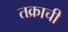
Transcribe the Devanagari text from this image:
तक्राची